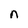
Character: n